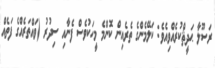
ރަސޫލާ ޙަދީޘްކުރެއްވިއެވެ: ކަލޭމެންގެ ތެރެއިން ކޮންމެ މީހަކުވެސް ފެނާއި ސިދުރު (ވައްތަރެއްގެ ފަތެއް